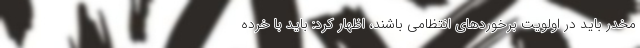
مخدر باید در اولویت برخوردهای انتظامی باشند، اظهار کرد: باید با خرده